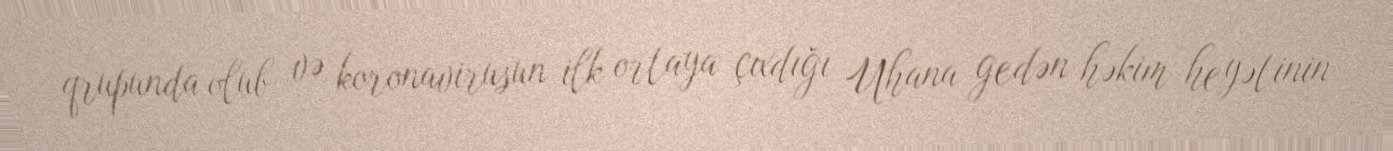
qrupunda olub və koronavirusun ilk ortaya çıxdığı Uhana gedən həkim heyətinin